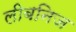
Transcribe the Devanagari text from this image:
लीबनिज